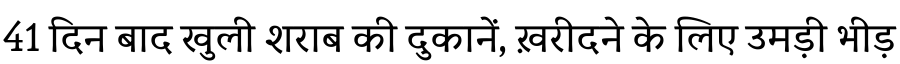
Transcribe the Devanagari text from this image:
41 दिन बाद खुली शराब की दुकानें, ख़रीदने के लिए उमड़ी भीड़